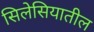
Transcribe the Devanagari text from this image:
सिलेसियातील